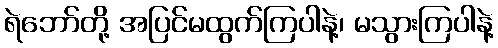
ရဲဘော်တို့ အပြင်မထွက်ကြပါနဲ့၊ မသွားကြပါနဲ့